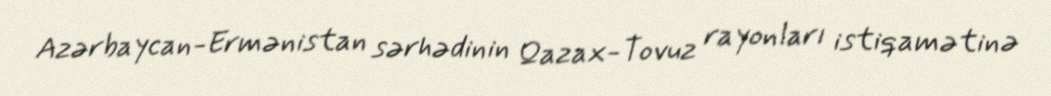
Azərbaycan-Ermənistan sərhədinin Qazax-Tovuz rayonları istiqamətinə